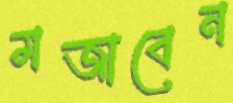
মজাবেন